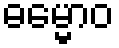
ဓမ္မောဝ